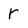
Character: r